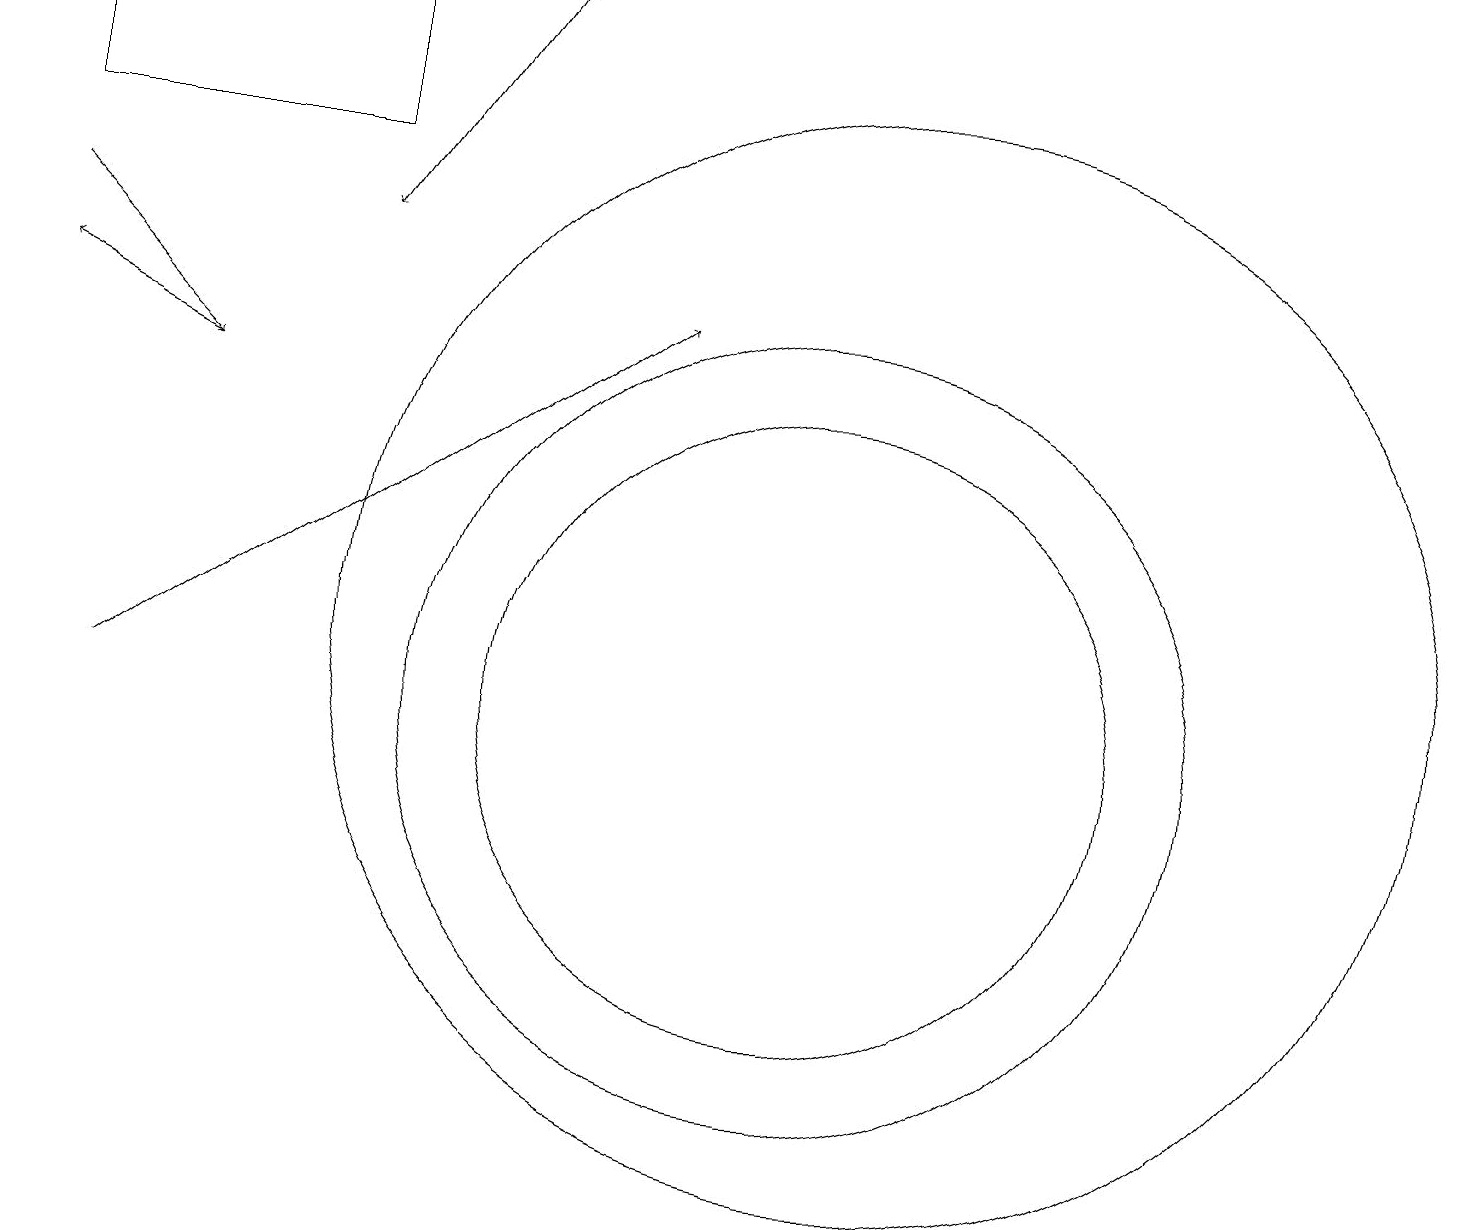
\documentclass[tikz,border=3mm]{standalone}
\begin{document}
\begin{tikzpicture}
\draw (12,11) circle (7);
\draw[->] (7,19) -- (5,16);
\draw[->] (2,10) -- (9,15);
\draw[->] (1,16) -- (3,14);
\draw (5,17) rectangle (1,19);
\draw[->] (3,14) -- (1,15);
\draw (11,10) circle (5);
\draw (11,10) circle (4);
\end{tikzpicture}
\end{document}